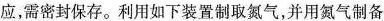
应，需密封保存。利用如下装置制取氮气，并用氮气制备